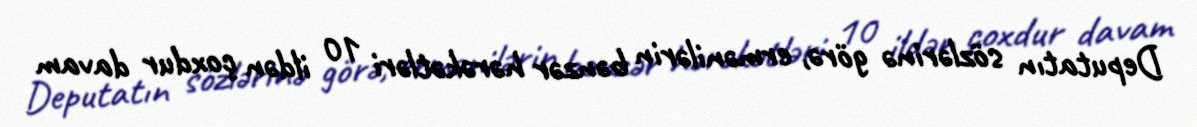
Deputatın sözlərinə görə, ermənilərin bənzər hərəkətləri 10 ildən çoxdur davam